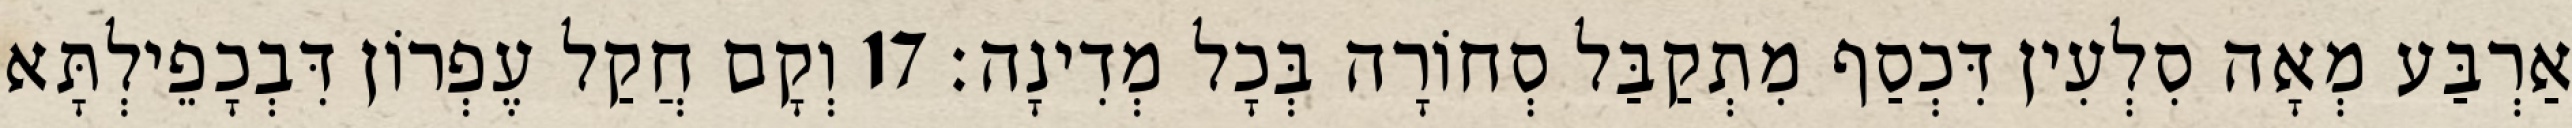
אַרְבַּע מְאָה סִלְעִין דִּכְסַף מִתְקַבַּל סְחוֹרָה בְּכָל מְדִינָה׃ 17 וְקָם חֲקַל עֶפְרוֹן דִּבְכָפֵילְתָּא